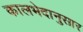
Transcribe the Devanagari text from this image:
कालभेदानुसार